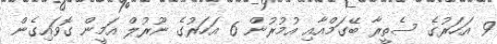
9 އަހަރުގެ ސެތީރާ ބޭގަމްއާއި އުމުރުން 6 އަހަރުގެ ނޫރުލް އަމީން ގޮވައިގެން